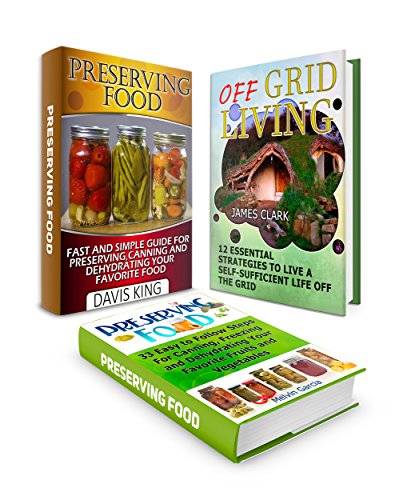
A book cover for Off Grid Living Box Set: 12 Effective  Strategies To Live A Self-Sufficient Life Off The Grid plus 33 Easy to Follow Steps For Canning, Dehydrating  and ... preserving food, Living Off The Grid); James Clark; Cookbooks, Food & Wine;